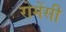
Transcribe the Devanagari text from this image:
रोमेंसी